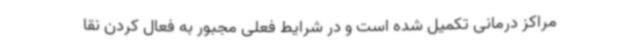
مراکز درمانی تکمیل شده است و در شرایط فعلی مجبور به فعال کردن نقا